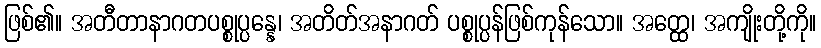
ဖြစ်၏။ အတီတာနာဂတပစ္စုပ္ပန္နေ၊ အတိတ်အနာဂတ် ပစ္စုပ္ပန်ဖြစ်ကုန်သော။ အတ္ထေ၊ အကျိုးတို့ကို။